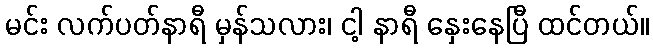
မင်း လက်ပတ်နာရီ မှန်သလား၊ ငါ့ နာရီ နှေးနေပြီ ထင်တယ်။